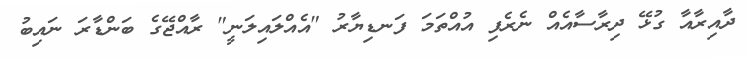
ދާއިރާއާ ގުޅޭ ދިރާސާއެއް ނެރެފި އުއްތަމަ ފަނޑިޔާރު "އެއްލައިލަނީ" ރާއްޖޭގެ ބަންޑާރަ ނައިބު